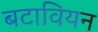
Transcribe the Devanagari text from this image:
बटावियन